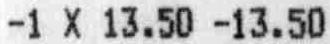
-1 X 13.50 -13.50